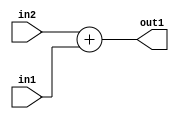
`timescale 1ps / 1ps
/*****************************************************************************
    Verilog RTL Description
    
    
    Created by: Stratus DpOpt 2019.1.01 
*******************************************************************************/

module SobelFilter_Add_12Sx11U_12S_1 (
	in2,
	in1,
	out1
	); /* architecture "behavioural" */ 
input [11:0] in2;
input [10:0] in1;
output [11:0] out1;
wire [11:0] asc001;

assign asc001 = 
	+(in2)
	+(in1);

assign out1 = asc001;
endmodule

/* CADENCE  ubH3QgE= : u9/ySgnWtBlWxVPRXgAZ4Og= ** DO NOT EDIT THIS LINE ******/